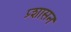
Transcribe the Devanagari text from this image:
प्र्शासन